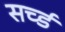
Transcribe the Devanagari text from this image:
सर्च्ड